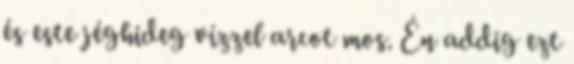
és este jéghideg vízzel arcot mos. Én addig ezt